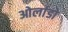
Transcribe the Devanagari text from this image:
ओर्लाडो